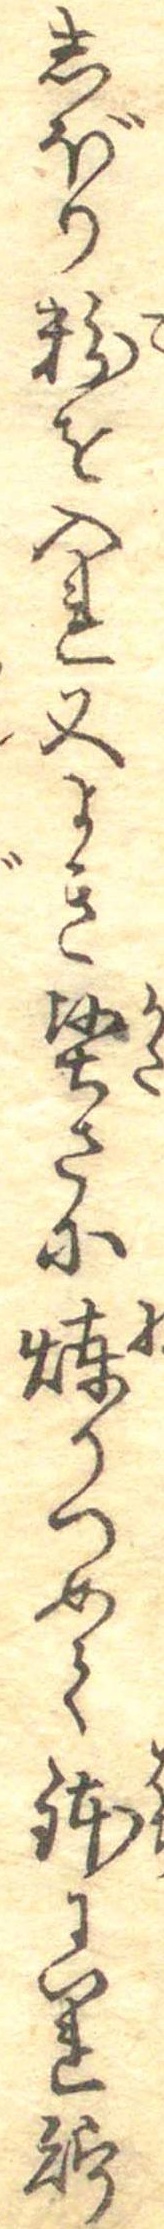
しぼり粉を入れ又よき堅さに煉りつめて鉢にいれ貯